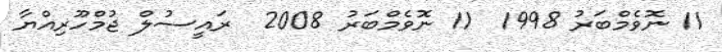
11 ނޮވެމްބަރު 1998  11 ނޮވެމްބަރު 2008  ރައީސުލް ޖުމްހޫރިއްޔާ